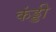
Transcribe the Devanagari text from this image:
कंड्डी